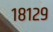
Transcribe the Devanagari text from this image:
१८१२९